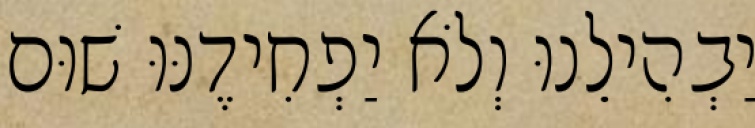
יַבְהִילֵנוּ וְלֹא יַפְחִידֶנּוּ שׁוּם